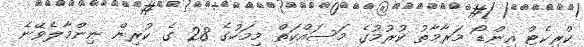
ކްރިކެޓް އިންޑޯ މަރާމާތު ކުރުމުގެ މަސައްކަތް މިމަހުގެ 28 ގެ ކުރިން ނިންމާލެވޭނެ